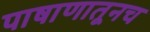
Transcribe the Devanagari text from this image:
पाषाणातूनच